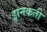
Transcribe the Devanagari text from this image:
झनकती